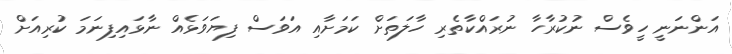
އަންނަނީ ހީވެސް ނުކުރާހާ ނުރައްކާތެރި ހާލަތަށް ކަމަށާއި އަވަސް ފިޔަވަޅެއް ނާޅައިފިނަމަ ކުރިއަށް